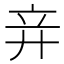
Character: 竎